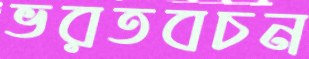
ভরতবচন